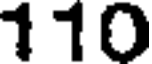
110